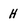
Character: H